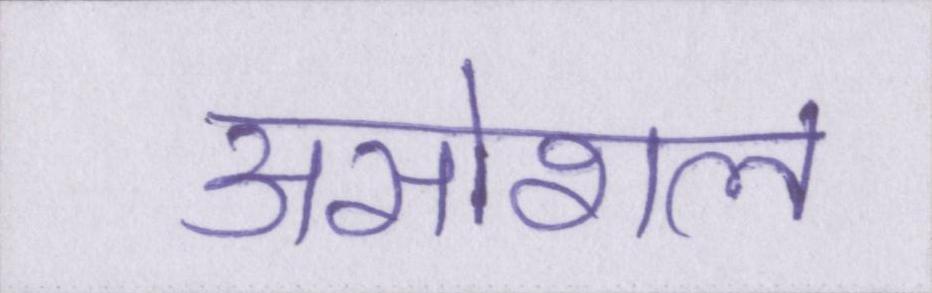
असोशल